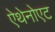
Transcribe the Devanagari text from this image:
ऐथेनोएट